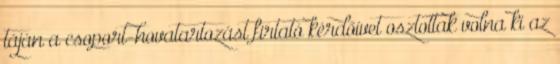
táján a csoport-hovatartozást firtató kérdőívet osztottak volna ki az